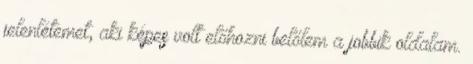
jelenlétemet, aki képes volt előhozni belőlem a jobbik oldalam.